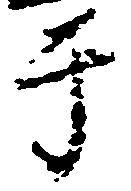
于